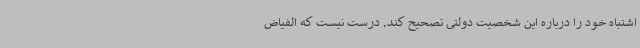
اشتباه خود را درباره این شخصیت دولتی تصحیح کند. درست نیست که الفیاض